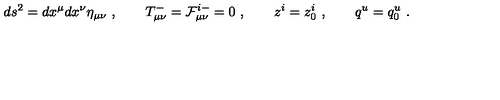
d s ^ { 2 } = d x ^ { \mu } d x ^ { \nu } \eta _ { \mu \nu } \ , \qquad T _ { \mu \nu } ^ { - } = { \cal F } _ { \mu \nu } ^ { i - } = 0 \ , \qquad z ^ { i } = z _ { 0 } ^ { i } \ , \qquad q ^ { u } = q _ { 0 } ^ { u } \ .